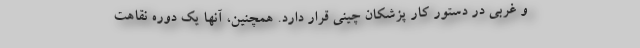
و غربی در دستور کار پزشکان چینی قرار دارد. همچنین، آنها یک دوره نقاهت